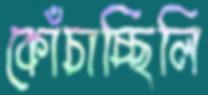
কোঁচাচ্ছিলি